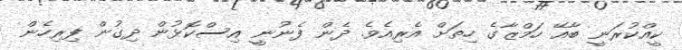
ކީއްކުރަނީ ބާއޭ ހަމްޒާގެ ހިތަށް އެރިއެވެ. ދެން ފެނުނީ އިސްކޮޅުން ދިގުން ފިރިހެން